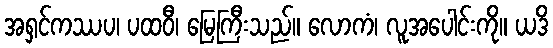
အရှင်ကဿပ၊ ပထဝီ၊ မြေကြီးသည်။ လောကံ၊ လူအပေါင်းကို။ ယဒိ